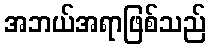
အဘယ်အရာဖြစ်သည်